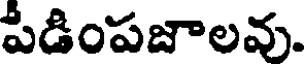
పీడింపజాలవు.